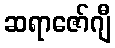
ဆရာဇော်ဂျီ